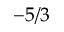
- 5 / 3